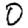
Digit: 0